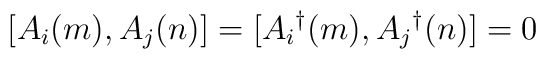
[A_i(m),A_j(n)] = [A_i{}^{\dag}(m),A_j{}^{\dag}(n)] = 0